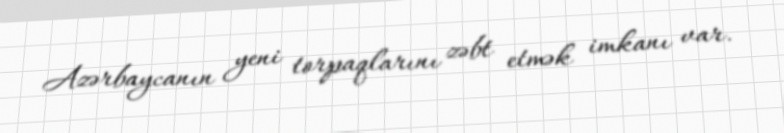
Azərbaycanın yeni torpaqlarını zəbt etmək imkanı var.